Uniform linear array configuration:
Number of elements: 24
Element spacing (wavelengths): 0.75
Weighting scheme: cosine
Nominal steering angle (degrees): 45
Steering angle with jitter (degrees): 43.535
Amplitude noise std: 0.05
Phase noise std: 0.05

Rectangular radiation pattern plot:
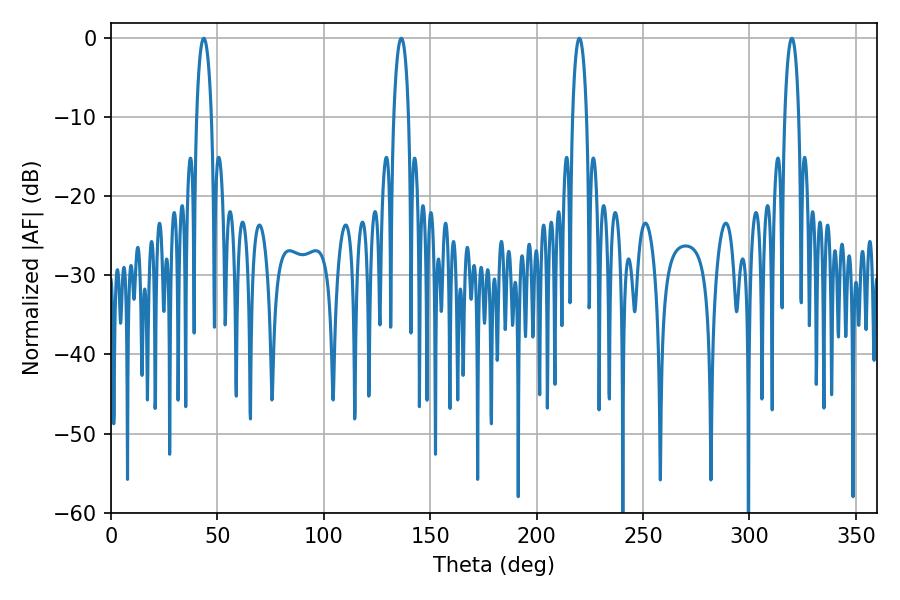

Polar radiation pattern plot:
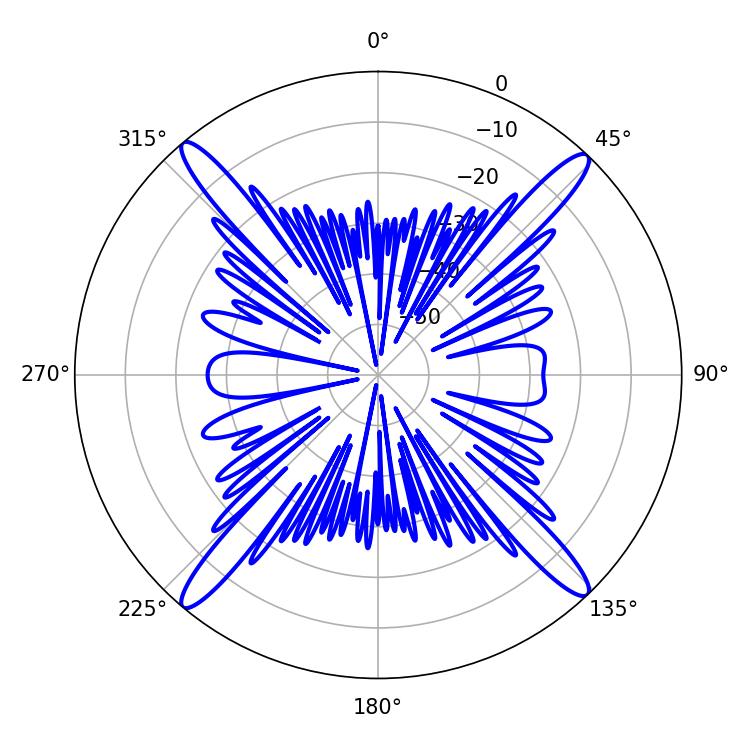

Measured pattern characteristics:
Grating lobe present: TRUE
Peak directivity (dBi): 22.16
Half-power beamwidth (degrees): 3.96
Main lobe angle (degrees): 43.56